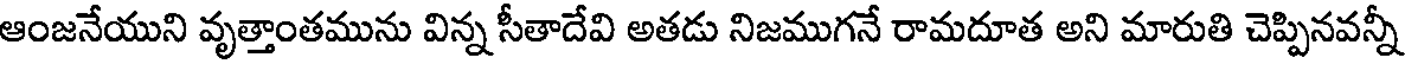
ఆంజనేయుని వృత్తాంతమును విన్న సీతాదేవి అతడు నిజముగనే రామదూత అని మారుతి చెప్పినవన్నీ